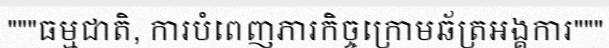
"""ធម្មជាតិ, ការបំពេញភារកិច្ចក្រោមឆ័ត្រអង្គការ"""